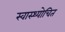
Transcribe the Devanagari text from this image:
स्वास्थ्योचित